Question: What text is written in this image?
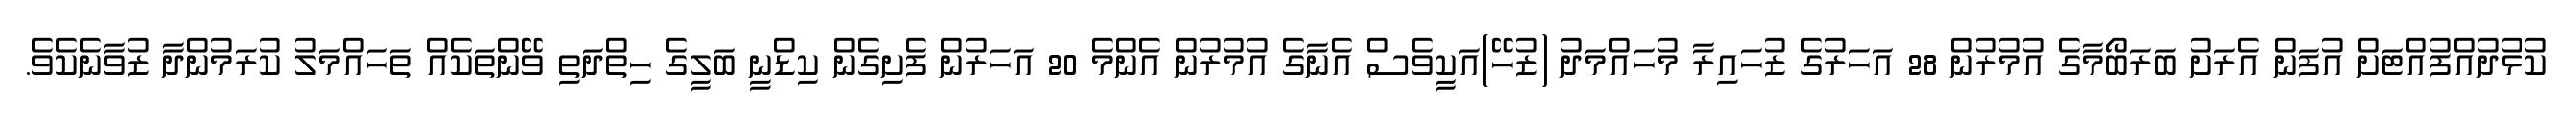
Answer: ކުޅުދުއްފުއްޓަށް އުފަން އެރަށު ބަރަބޯމާގެ އުމުރުން 28 އަހަރުގެ ޒުހައިރާ މުހައްމަދު (ޒުހޭ)އަކީވެސް އެނާގެ އުމުރުން އެންމެ 20 އަހަރުން ފެށިގެން ކިޑްނީ ބަލީގެ ހިތްދަތި ވޭންތަކެއް ތަހައްމަލު ކުރަމުންދާ ޒުވާނެކެވެ.